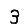
Digit: 3